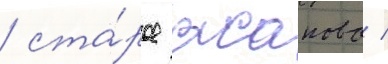
/ ста́рое асаново /